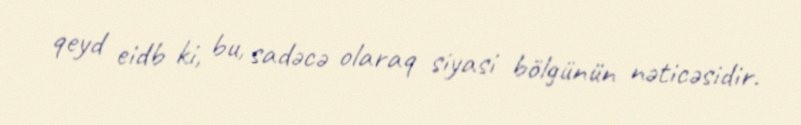
qeyd eidb ki, bu, sadəcə olaraq siyasi bölgünün nəticəsidir.